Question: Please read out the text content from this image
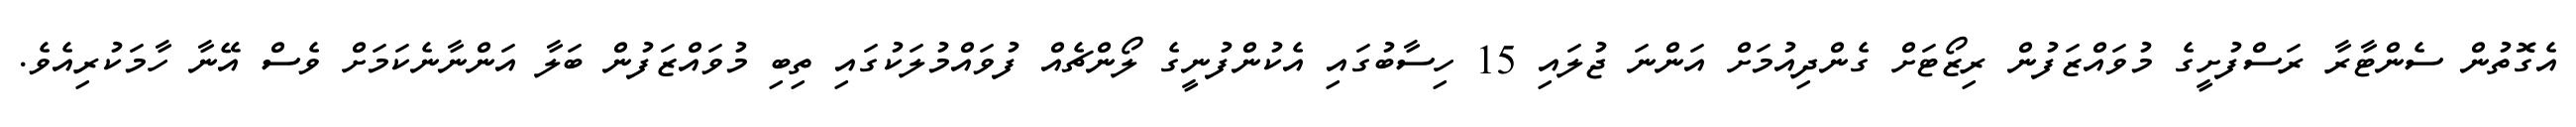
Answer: އެގޮތުން ސެންޓާރާ ރަސްފުށީގެ މުވައްޒަފުން ރިޒޯޓަށް ގެންދިއުމަށް އަންނަ ޖުލައި 15 ހިސާބުގައި އެކުންފުނީގެ ލޯންޗެއް ފުވައްމުލަކުގައި ތިބި މުވައްޒަފުން ބަލާ އަންނާނެކަމަށް ވެސް އޭނާ ހާމަކުރިއެވެ.